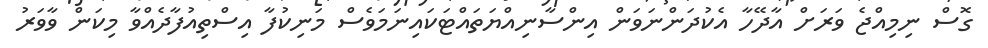
ގޮސް ނިމިއްޖެ ވަރަށް އާދޭހާ އެކުދަންނަވަން އިންސާނިއްޔަތައްޓަކައިނަމަވެސް މަނިކުފާ އިސްތިއުފާދެއްވާ މިކަން ވާވަރު